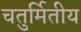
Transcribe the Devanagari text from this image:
चतुर्मितीय